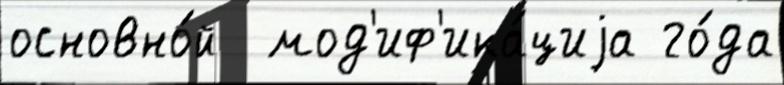
основно́й  мод'иф'ика́циjа го́да